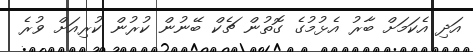
އަދި އެކަމަށް ބާރު އެޅުމުގެ ގޮތުން ޗެކް ބޭނުން ކުރުން ކުރިއަށް ވުރެ